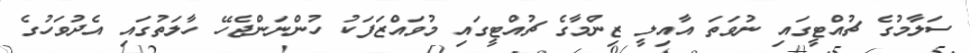
ސަލާމުގެ ޗުއްޓީގައި ނުވަތަ އާއިލީ ޒިންމާގެ ޗުއްޓީގައި މުވައްޒަފަކު ހުންނަންޖެހޭ ހާލަތުގައި އެދުވަހުގެ